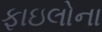
ફાઇલોના